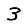
Digit: 3